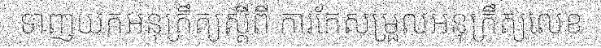
ទាញយកអនុក្រឹត្យស្តីពី ការកែសម្រួលអនុក្រឹត្យលេខ